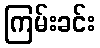
ကြမ်းခင်း